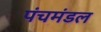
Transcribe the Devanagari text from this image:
पंचमंडल